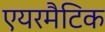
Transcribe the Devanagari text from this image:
एयरमैटिक